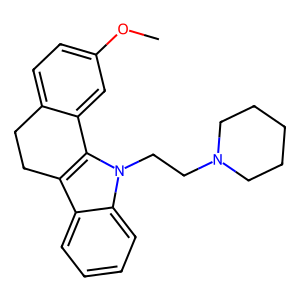
SMILES: COc1ccc2c(c1)-c1c(c3ccccc3n1CCN1CCCCC1)CC2
Inhibits HIV replication: No